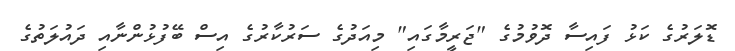
ޑޮލަރުގެ ކަޅު ފައިސާ ދޮވުމުގެ "ޖަރީމާގައި" މިއަދުގެ ސަރުކާރުގެ އިސް ބޭފުޅުންނާއި ދައުލަތުގެ